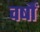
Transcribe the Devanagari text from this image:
वर्षौं